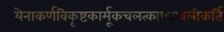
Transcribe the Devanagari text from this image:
येनाकर्णविकृष्टकार्मूकचलत्काण्डावलीकर्ति